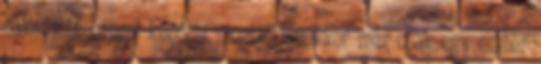
hajót. Két nappal későbbi megtalálásukkor már csak egy ember